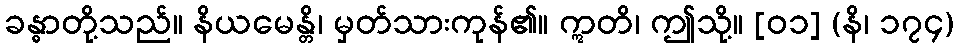
ခန္ဓာတို့သည်။ နိယမေန္တိ၊ မှတ်သားကုန်၏။ ဣတိ၊ ဤသို့။ [၀၁] (နိ၊ ၁၇၄)